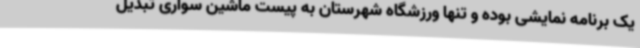
یک برنامه نمایشی بوده و تنها ورزشگاه شهرستان به پیست ماشین سواری تبدیل